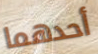
أحدهما